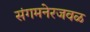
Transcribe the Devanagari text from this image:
संगमनेरजवळ